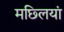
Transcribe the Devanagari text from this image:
मछ्लियां